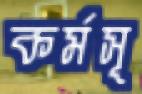
কর্মসূ